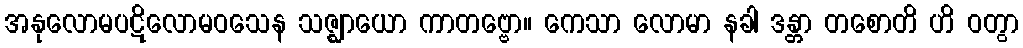
အနုလောမပဋိလောမဝသေန သဇ္ဈာယော ကာတဗ္ဗော။ ကေသာ လောမာ နခါ ဒန္တာ တစောတိ ဟိ ဝတွာ